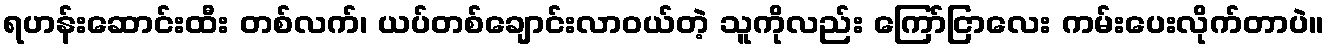
ရဟန်းဆောင်းထီး တစ်လက်၊ ယပ်တစ်ချောင်းလာဝယ်တဲ့ သူကိုလည်း ကြော်ငြာလေး ကမ်းပေးလိုက်တာပဲ။